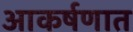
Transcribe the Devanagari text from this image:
आकर्षणात